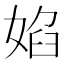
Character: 𭒃